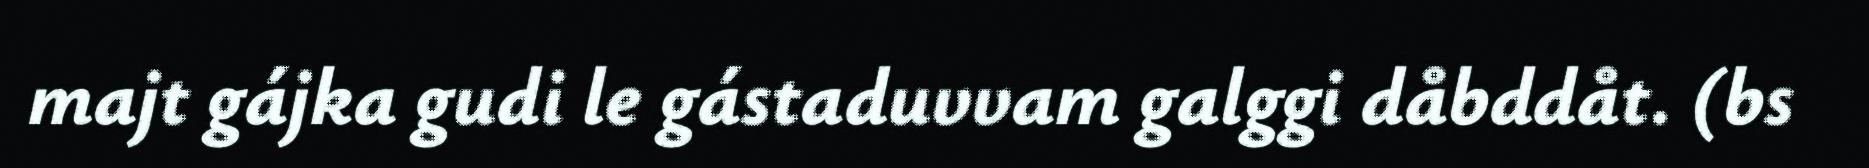
majt gájka gudi le gástaduvvam galggi dåbddåt. (bs